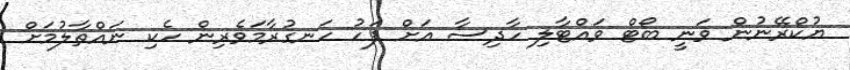
ޔުކްރޭނުން ވަނީ ބޯޓް ވައްޓާލި ހާދިސާ އަށް ފަހު ހަނގުރާމަވެރިން ހެކި ނައްތާލުމަށް